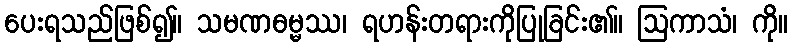
ပေးရသည်ဖြစ်၍။ သမဏဓမ္မဿ၊ ရဟန်းတရားကိုပြုခြင်း၏။ ဩကာသံ၊ ကို။